Report of the Indian Hemp Drugs Commission, 1894-1895 - Volume IV
Year: 1894
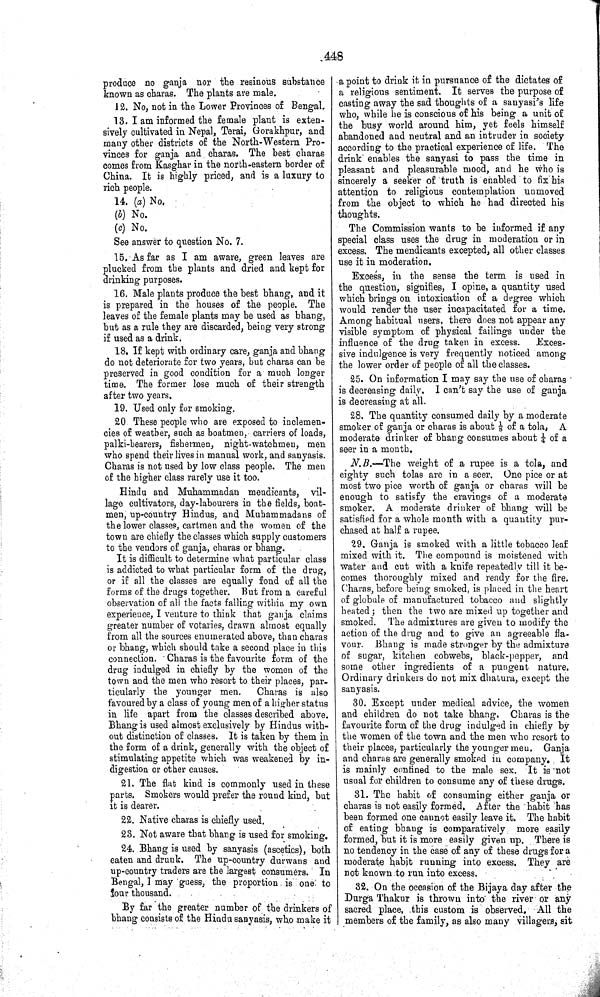
448
produce no ganja nor the resinous substance
known as charas. The plants are male.
12. No, not in the Lower Provinces of Bengal.
13. I am informed the female plant is exten-
sively cultivated in Nepal, Terai, Gorakhpur, and
many other districts of the North-Western Pro-
vinces for ganja and charas. The best charas
comes from Kasghar in the north-eastern border of
China. It is highly priced, and is a luxury to
rich people.
14. (a) No.
(b) No.
(c) No.
See answer to question No. 7.
15. As far as I am aware, green leaves are
plucked from the plants and dried and kept for
drinking purposes.
16. Male plants produce the best bhang, and it
is prepared in the houses of the people. The
leaves of the female plants may be used as bhang,
but as a rule they are discarded, being very strong
if used as a drink.
18. If kept with ordinary care, ganja and bhang
do not deteriorate for two years, but charas can be
preserved in good condition for a much longer
time. The former lose much of their strength
after two years.
19. Used only for smoking.
20. These people who are exposed to inclemen-
cies of weather, such as boatmen, carriers of loads,
palki-bearers, fishermen, night-watchmen, men
who spend their lives in manual work, and sanyasis.
Charas is not used by low class people. The men
of the higher class rarely use it too.
Hindu and Muhammadan mendicants, vil-
lage cultivators, day-labourers in the fields, boat-
men, up-country Hindus, and Muhammadans of
the lower classes, cartmen and the women of the
town are chiefly the classes which supply customers
to the vendors of ganja, charas or bhang.
It is difficult to determine what particular class
is addicted to what particular form of the drug,
or if all the classes are equally fond of all the
forms of the drugs together. But from a careful
observation of all the facts falling within my own
experience, I venture to think that ganja claims
greater number of votaries, drawn almost equally
from all the sources enumerated above, than charas
or bhang, which should take a second place in this
connection. Charas is the favourite form of the
drug indulged in chiefly by the women of the
town and the men who resort to their places, par-
ticularly the younger men.
Charas is also
favoured by a class of young men of a higher status
in life apart from the classes described above.
Bhang is used almost exclusively by Hindus with-
out distinction of classes. It is taken by them in
the form of a drink, generally with the object of
stimulating appetite which was weakened by in-
digestion or other causes.
21. The flat kind is commonly used in these
parts. Smokers would prefer the round kind, but
it is dearer.
22. Native charas is chiefly used.
23. Not aware that bhang is used for smoking.
24. Bhang is used by sanyasis (ascetics), both
eaten and drunk. The up-country durwans and
up-country traders are the largest consumers. In
Bengal, I may guess, the proportion is one to
four thousand.
By far the greater number of the drinkers of
bhang consists of the Hindu sanyasis, who make it
a point to drink it in pursuance of the dictates of
a religious sentiment. It serves the purpose of
casting away the sad thoughts of a sanyasi's life
who, while he is conscious of his being a unit of
the busy world around him, yet feels himself
abandoned and neutral and an intruder in society
according to the practical experience of life. The
drink enables the sanyasi to pass the time in
pleasant and pleasurable mood, and he who is
sincerely a seeker of truth is enabled to fix his
attention to religious contemplation unmoved
from the object to which he had directed his
thoughts.
The Commission wants to be informed if any
special class uses the drug in moderation or in
excess. The mendicants excepted, all other classes
use it in moderation.
Excess, in the sense the term is used in
the question, signifies, I opine, a quantity used
which brings on intoxication of a degree which
would render the user incapacitated for a time.
Among habitual users, there does not appear any
visible symptom of physical failings under the
influence of the drug taken in excess.
Exces-
sive indulgence is very frequently noticed among
the lower order of people of all the classes.
25. On information I may say the use of charas
is decreasing daily. I can't say the use of ganja
is decreasing at all.
28. The quantity consumed daily by a moderate
smoker of ganja or charas is about 1/8 of a tola, A
moderate drinker of bhang consumes about 1/4 of a
seer in a month.
N.B.—The weight of a rupee is a tola, and
eighty such tolas are in a seer. One pice or at
most two pice worth of ganja or charas will be
enough to satisfy the cravings of a moderate
smoker. A moderate drinker of bhang will be
satisfied for a whole month with a quantity pur-
chased at half a rupee.
29. Ganja is smoked with a little tobacco leaf
mixed with it. The compound is moistened with
water and cut with a knife repeatedly till it be-
comes thoroughly mixed and ready for the fire.
Charas, before being smoked, is placed in the heart
of globule of manufactured tobacco and slightly
heated; then the two are mixed up together and
smoked. The admixtures are given to modify the
action of the drug and to give an agreeable fla-
vour. Bhang is made stronger by the admixture
of sugar, kitchen cobwebs, black-pepper, and
some other ingredients of a pungent nature.
Ordinary drinkers do not mix dhatura, except the
sanyasis.
30. Except under medical advice, the women
and children do not take bhang. Charas is the
favourite form of the drug indulged in chiefly by
the women of the town and the men who resort to
their places, particularly the younger men. Ganja
and charas are generally smoked in company. It
is mainly confined to the male sex. It is not
usual for children to consume any of these drugs.
31. The habit of consuming either ganja or
charas is not easily formed. After the habit has
been formed one cannot easily leave it. The habit
of eating bhang is comparatively more easily
formed, but it is more easily given up. There is
no tendency in the case of any of these drugs for a
moderate habit running into excess. They are
not known to run into excess.
32. On the occasion of the Bijaya day after the
Durga Thakur is thrown into the river or any
sacred place, this custom is observed. All the
members of the family, as also many villagers, sit